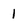
Character: 1